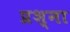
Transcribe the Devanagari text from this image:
प्रश्ना